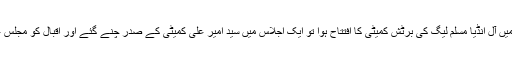
مئی ١٩٠٨ء میں جب لندن میں آل انڈیا مسلم لیگ کی برٹش کمیٹی کا افتتاح ہوا تو ایک اجلاس میں سیّد امیر علی کمیٹی کے صدر چُنے گئے اور اقبال کو مجلسِ عاملہ کا رُکن نامزد کیا گیا۔